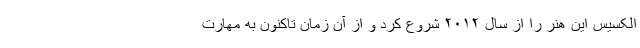
الکسیس این هنر را از سال ۲۰۱۲ شروع کرد و از آن زمان تاکنون به مهارت